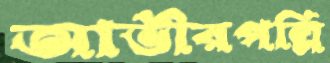
আভীরপল্লি